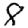
Digit: 8